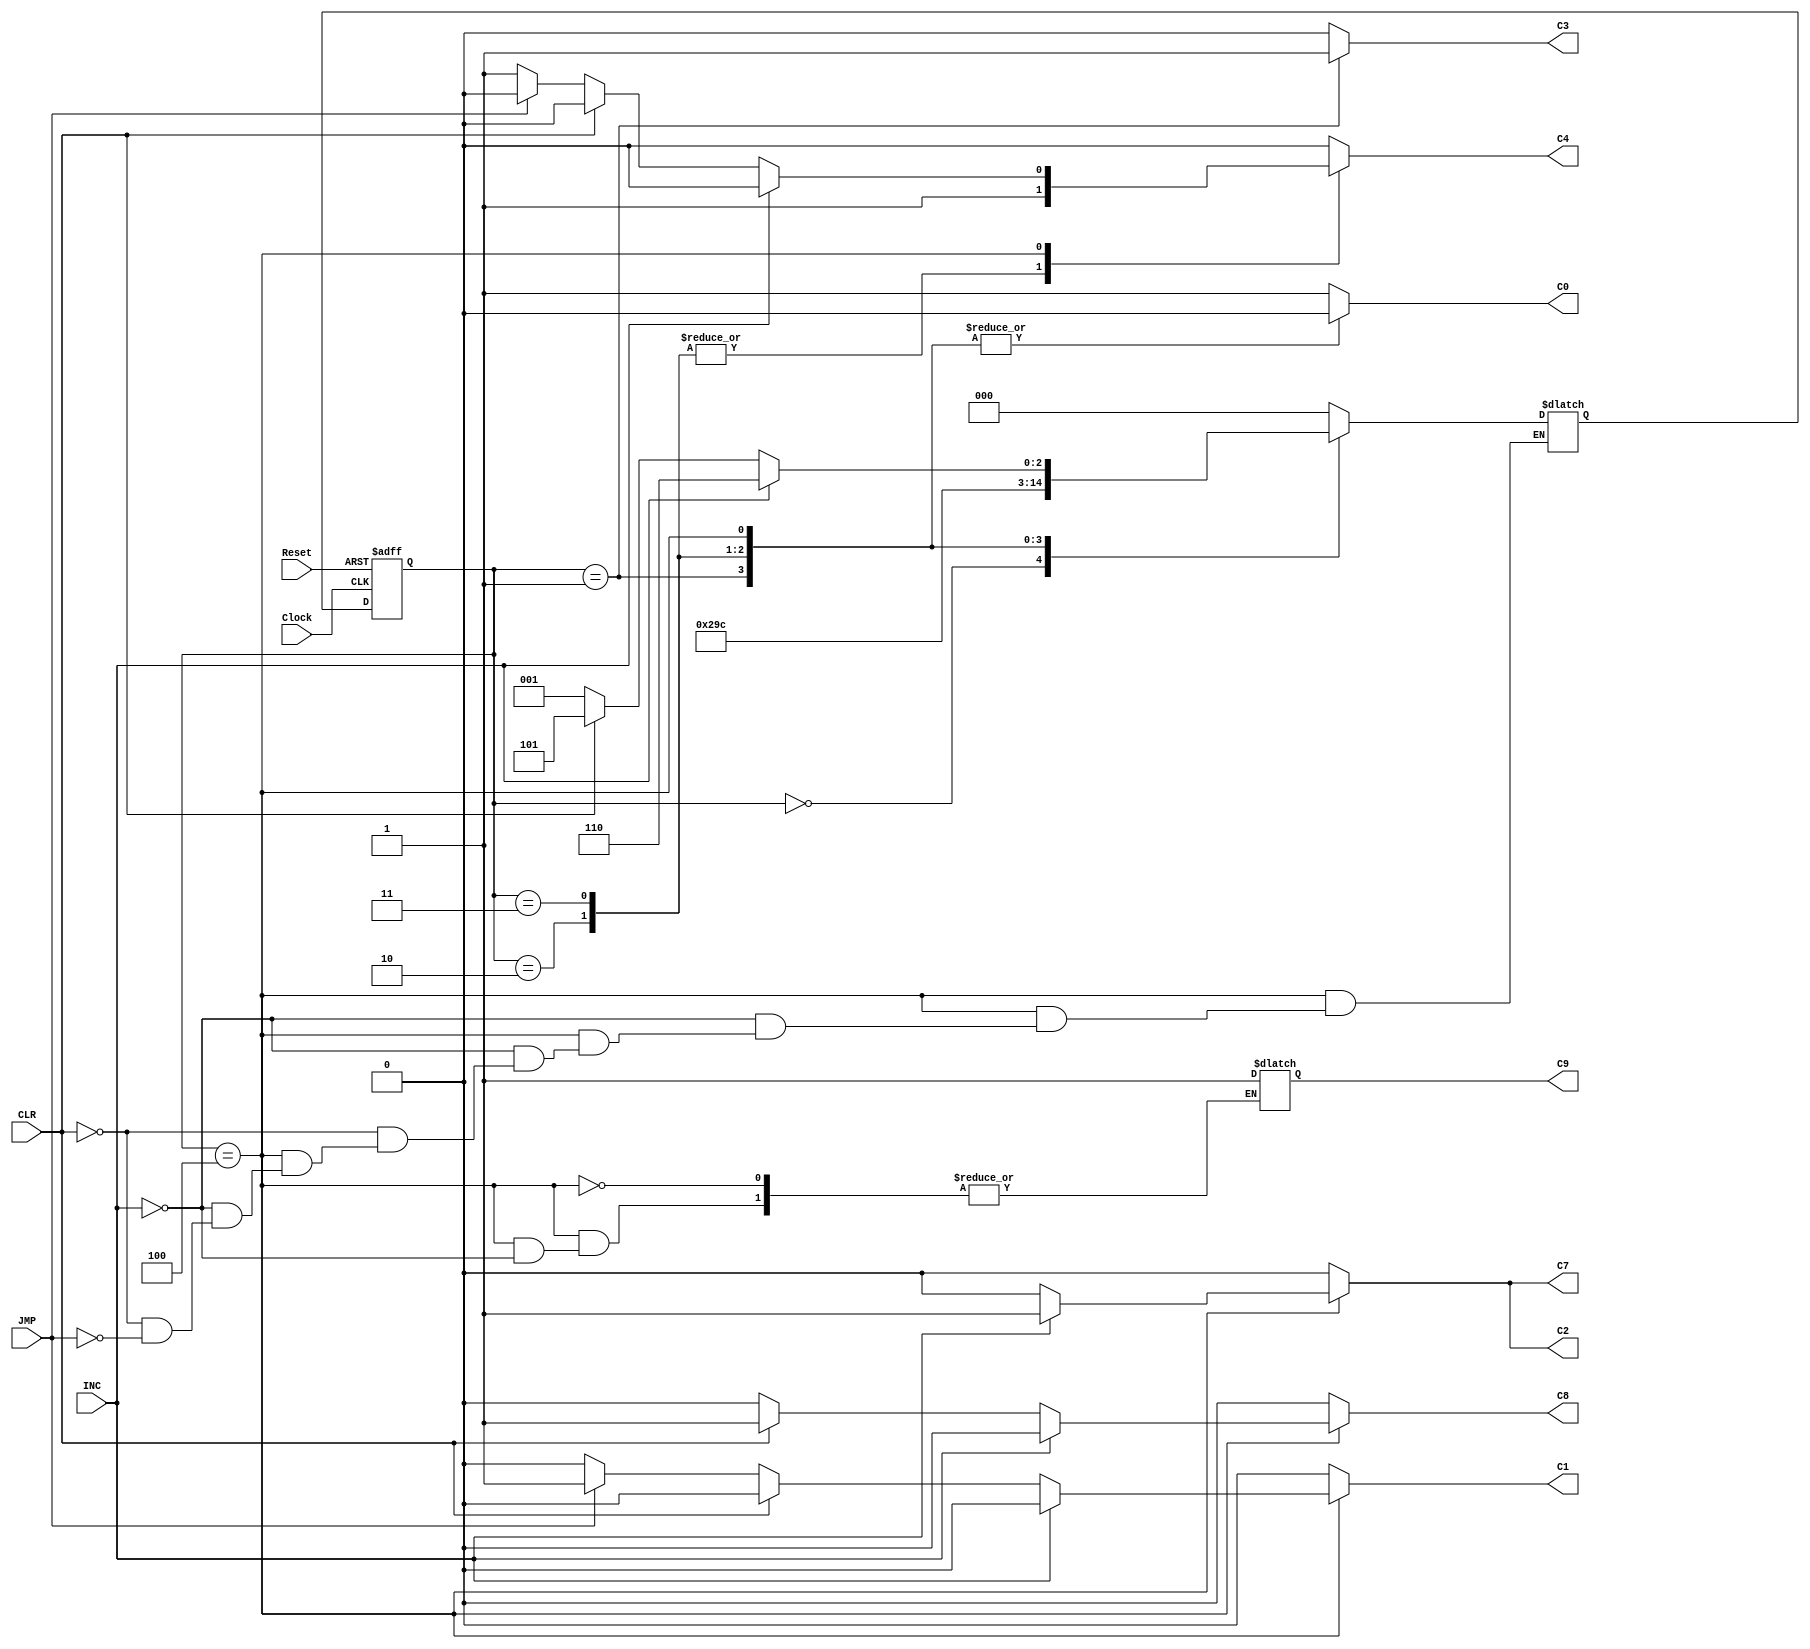
module ThreeController (INC, CLR, JMP, Clock, Reset, C0, C1, C2, C3, C4, C7, C8, C9);
	input INC, CLR, JMP, Clock, Reset; //declare input variables
	output reg C0, C1, C2, C3, C4, C7, C8, C9; //declare output signals
	reg [2:0] state, nextstate; //declare state and next state variables
	
	parameter A=4'b0, B=4'b1, C=4'b10, D=4'b11, E=4'b100, F=4'b110, G=4'b101, H=4'b111;
		always @ (posedge Clock, negedge Reset) //Detect input variable transitions
			if (Reset == 1'b0) state <= A; //Take controller to state A on Reset
				else state <= nextstate; //Change state
		always @ (state) //Derive next state and outputs according to state diagram
			case (state)
				// State A, C0 = 1
				A: begin nextstate=B; C0=1'b1; C1 = 1'b0; C2 = 1'b0; C3 = 1'b0; C4 = 1'b0; 
				C7 = 1'b0; C8 = 1'b0; end
				
				// State B, C3 = 1
				B: begin nextstate=C; C0=1'b0; C1 = 1'b0; C2 = 1'b0; C3 = 1'b1; C4 = 1'b0; 
				C7 = 1'b0; C8 = 1'b0;
				 end
				
				// State C, C4 = 1
				C: begin nextstate=D; C0=1'b0; C1 = 1'b0; C2 = 1'b0; C3 = 1'b0; C4 = 1'b1; 
				C7 = 1'b0; C8 = 1'b0;
				 end
				
				// State D, C4 = 1
				D: begin nextstate=E; C0=1'b0; C1 = 1'b0; C2 = 1'b0; C3 = 1'b0; C4 = 1'b1; 
				C7 = 1'b0; C8 = 1'b0;
				 end
				
				// State E, C2 = C7 = 1
				E: 
					begin //beginning of state E case statement
						C0=1'b0; C1 = 1'b0; C2 = 1'b0; C3 = 1'b0; C4 = 1'b1; 
						C7 = 1'b0; C8 = 1'b0;
				
						// Increment Command (INC) opCode=0110; set C2 = 1 (Load PC)
						if (INC)
							begin
							nextstate=F; C0=1'b0; C1 = 1'b0; C2 = 1'b1; C3 = 1'b0; C4 = 1'b0; 
							C7 = 1'b1; C8 = 1'b0; C9 = 1'b1;
							end
					
						// Clear Command (CLR) opCode=0111; set C8 = 1 (Clear Accumulator)
						else if (CLR)
							begin
							nextstate=G; C0=1'b0; C1 = 1'b0; C2 = 1'b0; C3 = 1'b0; C4 = 1'b0; 
							C7 = 1'b0; C8 = 1'b1;
							end
						
						// Jump Command (JMP) opCode=1000; set C1 = 1
						else if(JMP)
							begin
							nextstate=B; C0=1'b0; C1 = 1'b1; C2 = 1'b0; C3 = 1'b0; C4 = 1'b0; 
							C7 = 1'b0; C8 = 1'b0;
							end
						end //end of E case statement
				
				default: begin nextstate=A; C0=1'b1; C1 = 1'b0; C2 = 1'b0; C3 = 1'b0; C4 = 1'b0; 
				C7 = 1'b0; C8 = 1'b0;
				 end
			endcase
endmodule